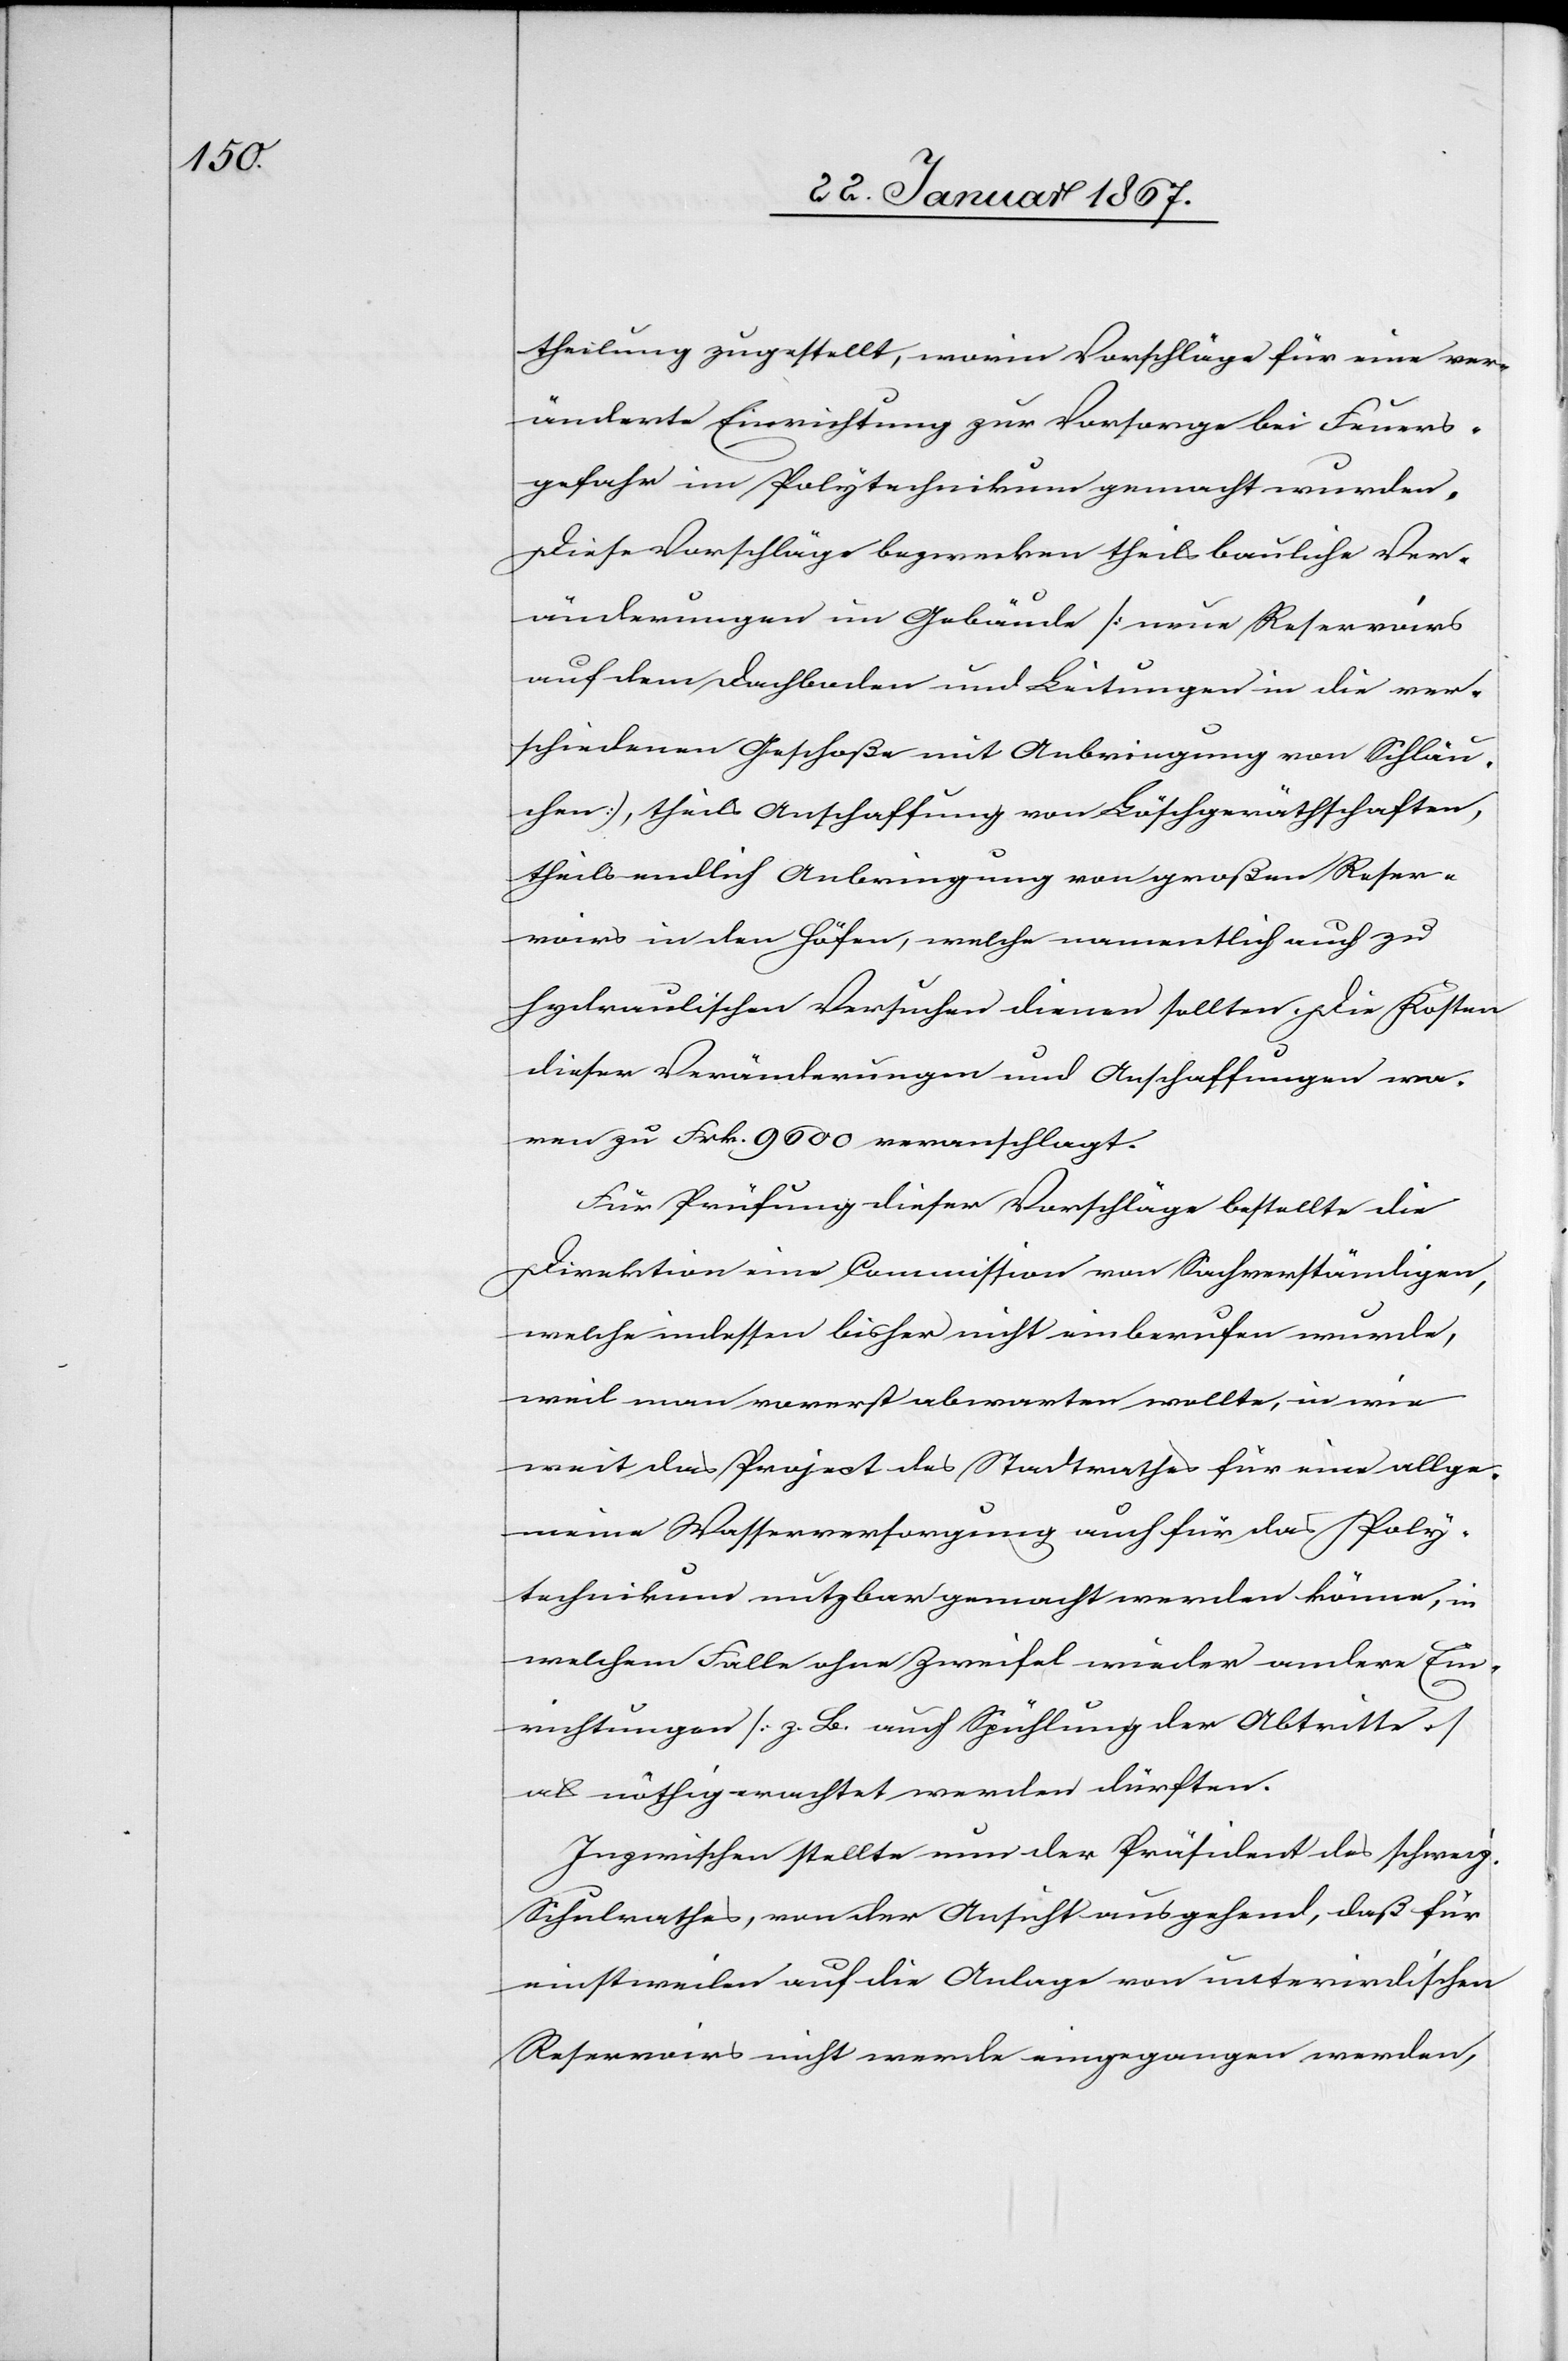
theilung zugestellt, worin Vorschläge für eine ver¬
änderte Einrichtung zur Vorsorge bei Feuer¬
gefahr im Polytechnikum gemacht wurden.
Diese Vorschläge bezwecken theils bauliche Ver¬
änderungen im Gebäude [neue Reservoirs
auf dem Dachboden und Leitungen in die ver¬
schiedenen Geschoße mit Anbringung von Schläu¬
chen], theils Anschaffung von Löschgerätschaften,
theils endlich Anbringung von großen Reser¬
voirs in den Höfen, welche namentlich auch zu
hydraulischen Versuchen dienen sollten. Die Kosten
dieser Veränderungen und Anschaffungen wa¬
ren zu Frk. 9600 veranschlagt.
Für Prüfung dieser Vorschläge bestellte die
Direktion eine Commission von Sachverständigen,
welche indessen bisher nicht einberufen wurde,
weil man vorerst abwarten wollte, in wie
weit das Project des Stadtrathes für eine allge¬
meine Wasserversorgung auch für das Poly¬
technikum nutzbar gemacht werden könne, in
welchem Falle ohne Zweifel wieder andere Ein¬
richtungen [z. B. auch Spühlung der Abtritte]
als nöthig erachtet werden dürfte.
Inzwischen stellte nun der Präsident des schweiz.
Schulrathes, von der Ansicht ausgehend, daß für
einstweilen auf die Anlage von unterirdischen
Reservoirs nicht werde eingegangen werden,